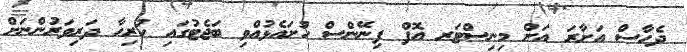
ދެހާސް އަށާރަ އަށް މިނިސްޓަރ އޮފް ފިނޭންސް ހުށައެޅުއްވި ބަޖެޓުގައި ހުރިހާ ދަރިވަރުންނަށް